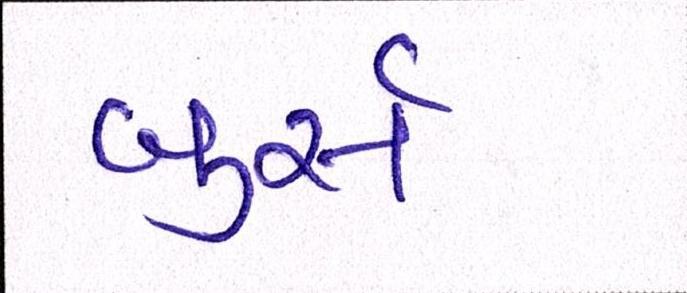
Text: બુર્સ